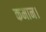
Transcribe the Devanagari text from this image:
कमान।